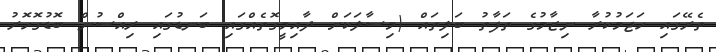
ތެރޭގައި ހަޖަމުކުރާ ނިޒާމުގެ ތަފާތު ބަލިތައް (މިސާލަކަށް ދާއިމީގޮތެއްގައި ބަނޑުގައި ރިއްސުން ބޮޑުގޮހޮރު